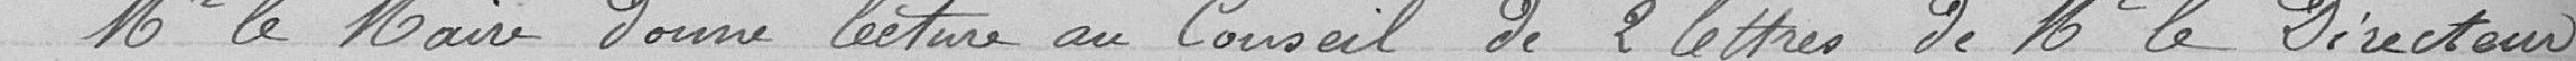
Monsieur le Maire donne lecture au Conseil de 2 lettres de Monsieur le Directeur